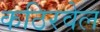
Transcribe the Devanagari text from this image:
कठिरवेल